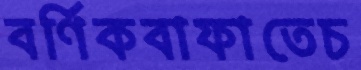
বর্ণিকবাফাতেচ